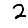
Digit: 2